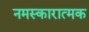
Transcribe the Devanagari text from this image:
नमस्कारात्मक